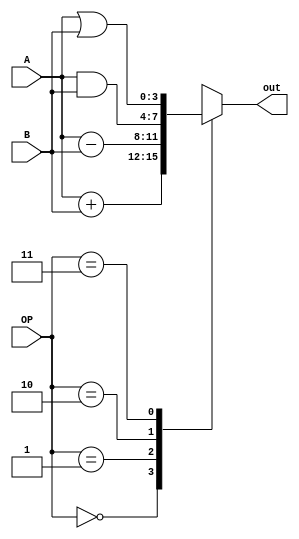
module ALU #(parameter BITS = 4) (
    input [BITS - 1 : 0] A, B,
    input [1 : 0] OP,
    output reg [BITS - 1 : 0] out
);
    localparam ADD = 2'b00;
    localparam SUB = 2'b01;
    localparam AND = 2'b10;
    localparam OR = 2'b11;

    always @(*) begin
        case (OP)
            ADD:        out = A + B;
            SUB:        out = A - B;
            AND:        out = A & B;
            OR:         out = A | B;
            default:    out = 0;
        endcase
    end
endmodule